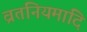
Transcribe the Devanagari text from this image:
व्रतनियमादि